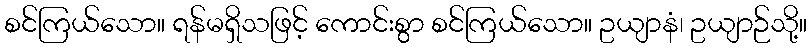
စင်ကြယ်သော။ ရန်မရှိသဖြင့် ကောင်းစွာ စင်ကြယ်သော။ ဥယျာနံ၊ ဥယျာဉ်သို့။